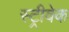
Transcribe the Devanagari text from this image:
स्ट्रीवेक